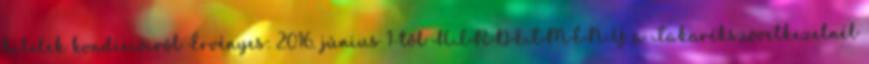
hitelek kondícióiról Érvényes: 2016. június 1-től HIRDETMÉNY a Takarékszövetkezetnél